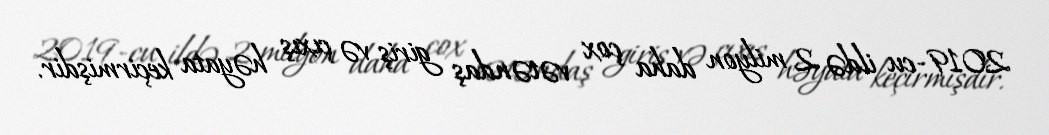
2019-cu ildə 2 milyon daha çox vətəndaş giriş və çıxış həyata keçirmişdir.